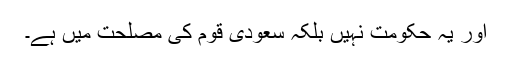
اور یہ حکومت نہیں بلکہ سعودى قوم کى مصلحت میں ہے۔